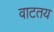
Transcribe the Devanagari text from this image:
वाटतय